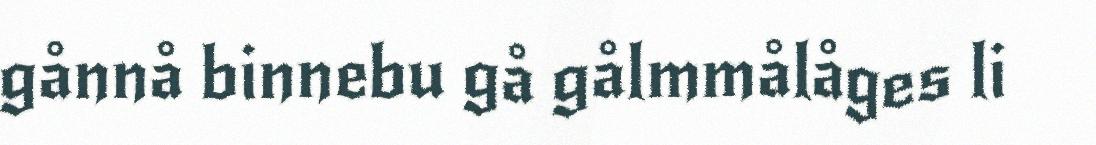
gånnå binnebu gå gålmmålåges li